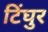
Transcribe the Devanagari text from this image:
टिंघुर